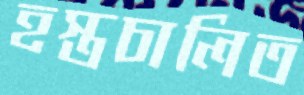
হস্তচালিত